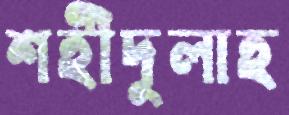
শহীদুলাহ